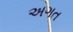
અગત